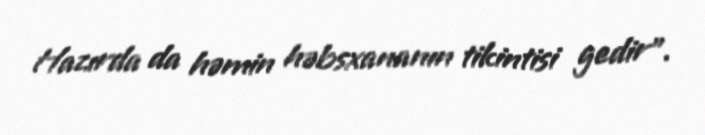
Hazırda da həmin həbsxananın tikintisi gedir”.